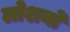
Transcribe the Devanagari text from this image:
लोशनों